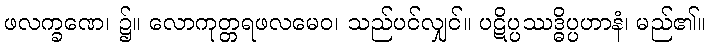
ဖလက္ခဏေ၊ ၌။ လောကုတ္တရဖလမေဝ၊ သည်ပင်လျှင်။ ပဋိပ္ပဿဒ္ဓိပ္ပဟာနံ၊ မည်၏။